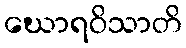
ဃောရဝိသာတိ